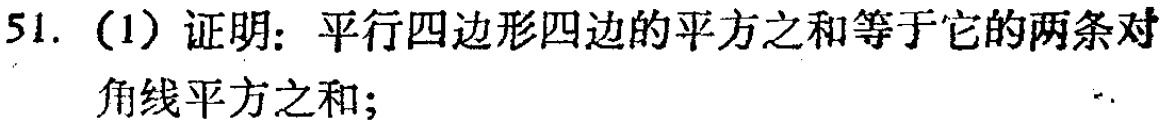
51. (1) 证明：平行四边形四边的平方之和等于它的两条对角线平方之和；